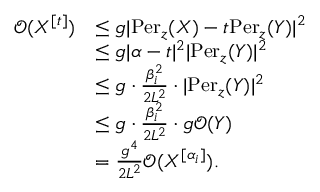
\begin{array} { r l } { \mathcal { O } ( X ^ { [ t ] } ) } & { \leq g | \mathrm { P e r } _ { z } ( X ) - t \mathrm { P e r } _ { z } ( Y ) | ^ { 2 } } \\ & { \leq g | \alpha - t | ^ { 2 } | \mathrm { P e r } _ { z } ( Y ) | ^ { 2 } } \\ & { \leq g \cdot \frac { \beta _ { i } ^ { 2 } } { 2 L ^ { 2 } } \cdot | \mathrm { P e r } _ { z } ( Y ) | ^ { 2 } } \\ & { \leq g \cdot \frac { \beta _ { i } ^ { 2 } } { 2 L ^ { 2 } } \cdot g \mathcal { O } ( Y ) } \\ & { = \frac { g ^ { 4 } } { 2 L ^ { 2 } } \mathcal { O } ( X ^ { [ \alpha _ { i } ] } ) . } \end{array}